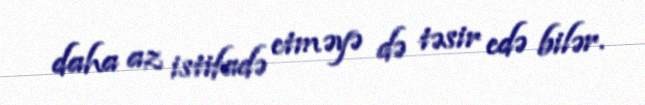
daha az istifadə etməyə də təsir edə bilər.